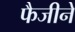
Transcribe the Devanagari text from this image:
फैजीने